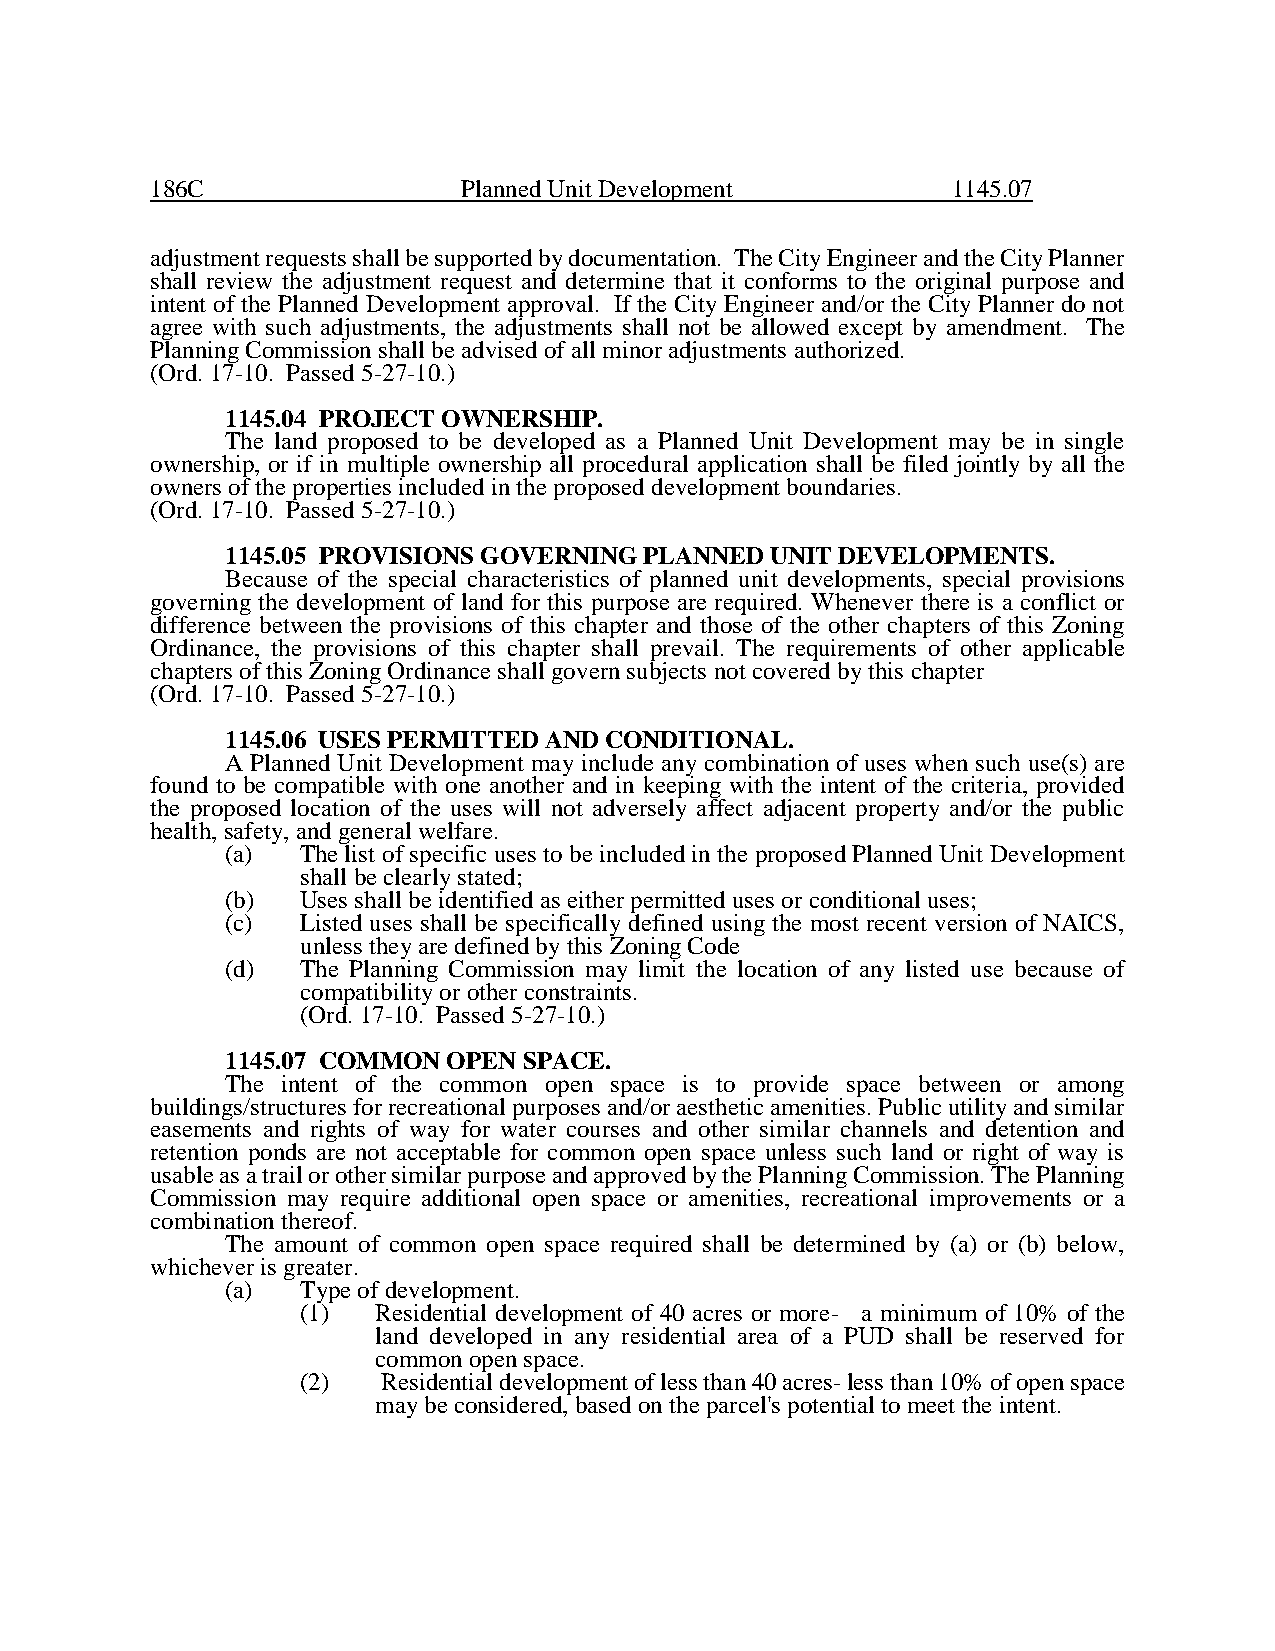
186C                Planned Unit Development         1145.07
 adjustment requests shall be supported by documentation. The City Engineer and the City Planner
 shall review the adjustment request and determine that it conforms to the original purpose and
 intent of the Planned Development approval. If the City Engineer and/or the City Planner do not
 agree with such adjustments, the adjustments shall not be allowed except by amendment. The
 Planning Commission shall be advised of all minor adjustments authorized.
 (Ord. 17-10. Passed 5-27-10.)
 1145.04 PROJECT OWNERSHIP.
 The land proposed to be developed as a Planned Unit Development may be in single
 ownership, or if in multiple ownership all procedural application shall be filed jointly by all the
 owners of the properties included in the proposed development boundaries.
 (Ord. 17-10. Passed 5-27-10.)
 1145.05 PROVISIONS GOVERNING PLANNED UNIT DEVELOPMENTS.
 Because of the special characteristics of planned unit developments, special provisions
 governing the development of land for this purpose are required. Whenever there is a conflict or
 difference between the provisions of this chapter and those of the other chapters of this Zoning
 Ordinance, the provisions of this chapter shall prevail. The requirements of other applicable
 chapters of this Zoning Ordinance shall govern subjects not covered by this chapter
 (Ord. 17-10. Passed 5-27-10.)
 1145.06 USES PERMITTED AND CONDITIONAL.
 A Planned Unit Development may include any combination of uses when such use(s) are
 found to be compatible with one another and in keeping with the intent of the criteria, provided
 the proposed location of the uses will not adversely affect adjacent property and/or the public
 health, safety, and general welfare.
 (a)  The list of specific uses to be included in the proposed Planned Unit Development
 shall be clearly stated;
 (b)  Uses shall be identified as either permitted uses or conditional uses;
 (c)  Listed uses shall be specifically defined using the most recent version of NAICS,
 unless they are defined by this Zoning Code
 (d)  The Planning Commission may limit the location of any listed use because of
 compatibility or other constraints.
 (Ord. 17-10. Passed 5-27-10.)
 1145.07 COMMON OPEN SPACE.
 The intent of the common open space is to provide space between or among
 buildings/structures for recreational purposes and/or aesthetic amenities. Public utility and similar
 easements and rights of way for water courses and other similar channels and detention and
 retention ponds are not acceptable for common open space unless such land or right of way is
 usable as a trail or other similar purpose and approved by the Planning Commission. The Planning
 Commission may require additional open space or amenities, recreational improvements or a
 combination thereof.
 The amount of common open space required shall be determined by (a) or (b) below,
 whichever is greater.
 (a)  Type of development.
 (1)  Residential development of 40 acres or more- a minimum of 10% of the
 land developed in any residential area of a PUD shall be reserved for
 common open space.
 (2)  Residential development of less than 40 acres- less than 10% of open space
 may be considered, based on the parcel's potential to meet the intent.